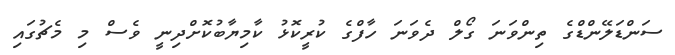
ސަންޑަލޭންޑްގެ ތިންވަނަ ގޯލް ދެވަނަ ހާފްގެ ކުރީކޮޅު ކާމިޔާބުކޮށްދިނީ ވެސް މި މެޗުގައި